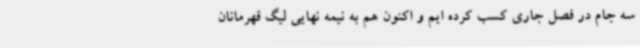
سه جام در فصل جاری کسب کرده ایم و اکنون هم به نیمه نهایی لیگ قهرمانان